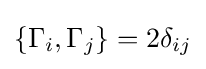
\lbrace \Gamma _{i},\Gamma _{j}\rbrace =2\delta _{ij}